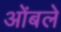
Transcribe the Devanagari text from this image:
ओंबले